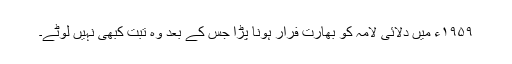
۱۹۵۹ء میں دلائی لامہ کو بھارت فرار ہونا پڑا جس کے بعد وہ تبت کبھی نہیں لوٹے۔